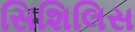
સિશિલિસ